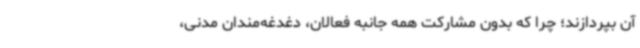
آن بپردازند؛ چرا که بدون مشارکت همه جانبه فعالان، دغدغه‌مندان مدنی،